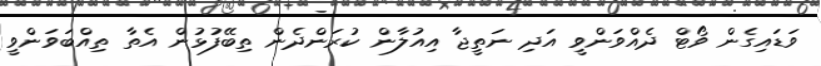
ވަޑައިގެން ވޯޓް ދެއްވަންވީ އަދި ނަތީޖާ އިއުލާން ކުރަންދެން ތިބޭފުޅުން އެތާ ތިއްބަވަންވީ